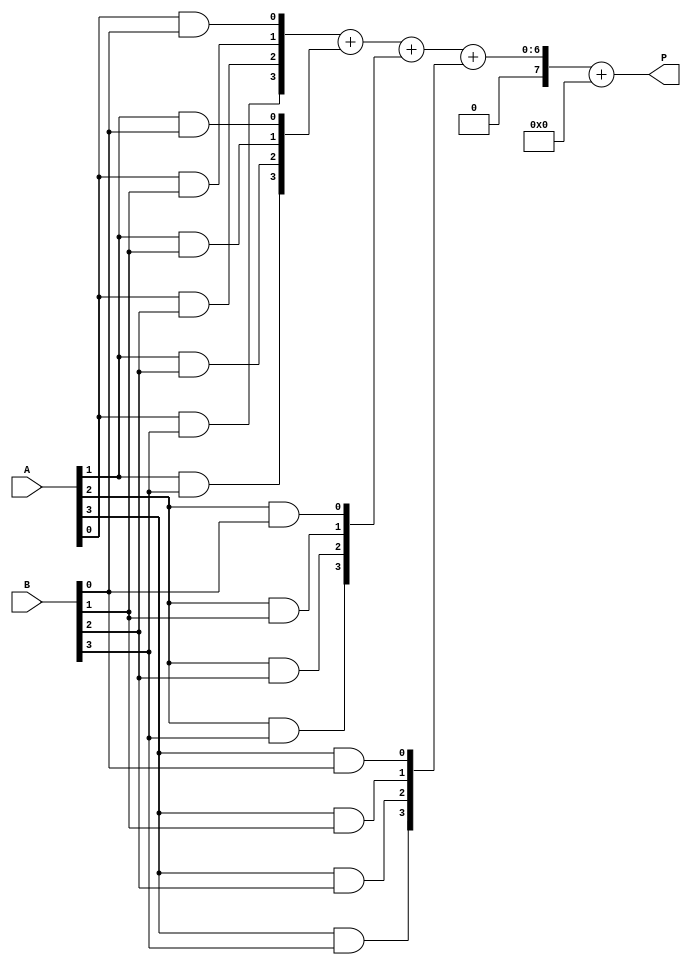
module vedic_multiplier #(parameter N = 4) (
    input  wire [N-1:0] A,  // First operand
    input  wire [N-1:0] B,  // Second operand
    output wire [2*N-1:0] P // Product output
);

    // Partial product generation
    wire [N-1:0] pp [0:N-1]; // Partial products

    genvar i, j;
    generate
        for (i = 0; i < N; i = i + 1) begin : pp_gen
            for (j = 0; j < N; j = j + 1) begin : pp_inner
                assign pp[i][j] = A[i] & B[j]; // AND operation for partial product
            end
        end
    endgenerate

    // Sum the partial products using a tree structure
    wire [2*N-1:0] sum [0:N-1]; // Intermediate sums
    wire [2*N-1:0] carry [0:N-1]; // Carry bits

    // Initialize the first partial product
    assign sum[0] = {N'b0, pp[0]}; // Extend to 2N bits
    assign carry[0] = {2*N{1'b0}}; // No carry initially

    // Addition of partial products
    genvar k;
    generate
        for (k = 1; k < N; k = k + 1) begin : add_tree
            wire [2*N-1:0] a, b;
            assign a = sum[k-1]; // Previous sum
            assign b = {k'b0, pp[k]}; // Shifted current partial product

            // Full adder for summing two numbers
            assign {carry[k], sum[k]} = a + b; // Add with carry
        end
    endgenerate

    // Final product output
    assign P = sum[N-1] + carry[N-1]; // Final sum of last stage

endmodule